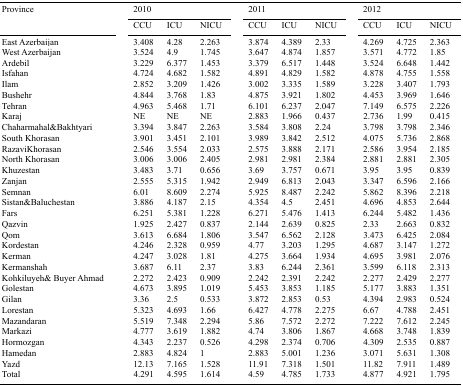
<table><thead><tr><td rowspan="3"><b>Province</b></td><td colspan="3"><b>2010</b></td><td colspan="3"><b>2011</b></td><td colspan="3"><b>2012</b></td></tr><tr><td><b>CCU</b></td><td><b>ICU</b></td><td><b>NICU</b></td><td><b>CCU</b></td><td><b>ICU</b></td><td><b>NICU</b></td><td><b>CCU</b></td><td><b>ICU</b></td><td><b>NICU</b></td></tr></thead><tbody><tr><td>East Azerbaijan</td><td>3.408</td><td>4.28</td><td>2.263</td><td>3.874</td><td>4.389</td><td>2.33</td><td>4.269</td><td>4.725</td><td>2.363</td></tr><tr><td>West Azerbaijan</td><td>3.524</td><td>4.9</td><td>1.745</td><td>3.647</td><td>4.874</td><td>1.857</td><td>3.571</td><td>4.772</td><td>1.85</td></tr><tr><td>Ardebil</td><td>3.229</td><td>6.377</td><td>1.453</td><td>3.379</td><td>6.517</td><td>1.448</td><td>3.524</td><td>6.648</td><td>1.442</td></tr><tr><td>Isfahan</td><td>4.724</td><td>4.682</td><td>1.582</td><td>4.891</td><td>4.829</td><td>1.582</td><td>4.878</td><td>4.755</td><td>1.558</td></tr><tr><td>Ilam</td><td>2.852</td><td>3.209</td><td>1.426</td><td>3.002</td><td>3.335</td><td>1.589</td><td>3.228</td><td>3.407</td><td>1.793</td></tr><tr><td>Bushehr</td><td>4.844</td><td>3.768</td><td>1.83</td><td>4.875</td><td>3.921</td><td>1.802</td><td>4.453</td><td>3.969</td><td>1.646</td></tr><tr><td>Tehran</td><td>4.963</td><td>5.468</td><td>1.71</td><td>6.101</td><td>6.237</td><td>2.047</td><td>7.149</td><td>6.575</td><td>2.226</td></tr><tr><td>Karaj</td><td>NE</td><td>NE</td><td>NE</td><td>2.883</td><td>1.966</td><td>0.437</td><td>2.736</td><td>1.99</td><td>0.415</td></tr><tr><td>Chaharmahal&amp;Bakhtyari</td><td>3.394</td><td>3.847</td><td>2.263</td><td>3.584</td><td>3.808</td><td>2.24</td><td>3.798</td><td>3.798</td><td>2.346</td></tr><tr><td>South Khorasan</td><td>3.901</td><td>3.451</td><td>2.101</td><td>3.989</td><td>3.842</td><td>2.512</td><td>4.075</td><td>5.736</td><td>2.868</td></tr><tr><td>RazaviKhorasan</td><td>2.546</td><td>3.554</td><td>2.033</td><td>2.575</td><td>3.888</td><td>2.171</td><td>2.586</td><td>3.954</td><td>2.185</td></tr><tr><td>North Khorasan</td><td>3.006</td><td>3.006</td><td>2.405</td><td>2.981</td><td>2.981</td><td>2.384</td><td>2.881</td><td>2.881</td><td>2.305</td></tr><tr><td>Khuzestan</td><td>3.483</td><td>3.71</td><td>0.656</td><td>3.69</td><td>3.757</td><td>0.671</td><td>3.95</td><td>3.95</td><td>0.839</td></tr><tr><td>Zanjan</td><td>2.555</td><td>5.315</td><td>1.942</td><td>2.949</td><td>6.813</td><td>2.043</td><td>3.347</td><td>6.596</td><td>2.166</td></tr><tr><td>Semnan</td><td>6.01</td><td>8.609</td><td>2.274</td><td>5.925</td><td>8.487</td><td>2.242</td><td>5.862</td><td>8.396</td><td>2.218</td></tr><tr><td>Sistan&amp;Baluchestan</td><td>3.886</td><td>4.187</td><td>2.15</td><td>4.354</td><td>4.5</td><td>2.451</td><td>4.696</td><td>4.853</td><td>2.644</td></tr><tr><td>Fars</td><td>6.251</td><td>5.381</td><td>1.228</td><td>6.271</td><td>5.476</td><td>1.413</td><td>6.244</td><td>5.482</td><td>1.436</td></tr><tr><td>Qazvin</td><td>1.925</td><td>2.427</td><td>0.837</td><td>2.144</td><td>2.639</td><td>0.825</td><td>2.33</td><td>2.663</td><td>0.832</td></tr><tr><td>Qom</td><td>3.613</td><td>6.684</td><td>1.806</td><td>3.547</td><td>6.562</td><td>2.128</td><td>3.473</td><td>6.425</td><td>2.084</td></tr><tr><td>Kordestan</td><td>4.246</td><td>2.328</td><td>0.959</td><td>4.77</td><td>3.203</td><td>1.295</td><td>4.687</td><td>3.147</td><td>1.272</td></tr><tr><td>Kerman</td><td>4.247</td><td>3.028</td><td>1.81</td><td>4.275</td><td>3.664</td><td>1.934</td><td>4.695</td><td>3.981</td><td>2.076</td></tr><tr><td>Kermanshah</td><td>3.687</td><td>6.11</td><td>2.37</td><td>3.83</td><td>6.244</td><td>2.361</td><td>3.599</td><td>6.118</td><td>2.313</td></tr><tr><td>Kohkiluyeh&amp; Buyer Ahmad</td><td>2.272</td><td>2.423</td><td>0.909</td><td>2.242</td><td>2.391</td><td>2.242</td><td>2.277</td><td>2.429</td><td>2.277</td></tr><tr><td>Golestan</td><td>4.673</td><td>3.895</td><td>1.019</td><td>5.453</td><td>3.853</td><td>1.185</td><td>5.177</td><td>3.883</td><td>1.351</td></tr><tr><td>Gilan</td><td>3.36</td><td>2.5</td><td>0.533</td><td>3.872</td><td>2.853</td><td>0.53</td><td>4.394</td><td>2.983</td><td>0.524</td></tr><tr><td>Lorestan</td><td>5.323</td><td>4.693</td><td>1.66</td><td>6.427</td><td>4.778</td><td>2.275</td><td>6.67</td><td>4.788</td><td>2.451</td></tr><tr><td>Mazandaran</td><td>5.519</td><td>7.348</td><td>2.294</td><td>5.86</td><td>7.572</td><td>2.272</td><td>7.222</td><td>7.612</td><td>2.245</td></tr><tr><td>Markazi</td><td>4.777</td><td>3.619</td><td>1.882</td><td>4.74</td><td>3.806</td><td>1.867</td><td>4.668</td><td>3.748</td><td>1.839</td></tr><tr><td>Hormozgan</td><td>4.343</td><td>2.237</td><td>0.526</td><td>4.298</td><td>2.374</td><td>0.706</td><td>4.309</td><td>2.535</td><td>0.887</td></tr><tr><td>Hamedan</td><td>2.883</td><td>4.824</td><td>1</td><td>2.883</td><td>5.001</td><td>1.236</td><td>3.071</td><td>5.631</td><td>1.308</td></tr><tr><td>Yazd</td><td>12.13</td><td>7.165</td><td>1.528</td><td>11.91</td><td>7.318</td><td>1.501</td><td>11.82</td><td>7.911</td><td>1.489</td></tr><tr><td>Total</td><td>4.291</td><td>4.595</td><td>1.614</td><td>4.59</td><td>4.785</td><td>1.733</td><td>4.877</td><td>4.921</td><td>1.795</td></tr></tbody></table>